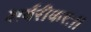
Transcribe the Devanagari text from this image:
शर्वरीकरः।।